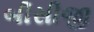
બીસીજી